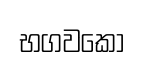
භගවකො